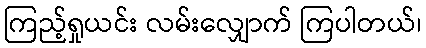
ကြည့်ရှုယင်း လမ်းလျှောက် ကြပါတယ်၊